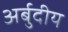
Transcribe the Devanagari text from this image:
अर्बुदीय